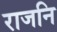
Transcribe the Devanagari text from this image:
राजनि